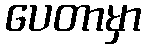
ပေတာမှာ